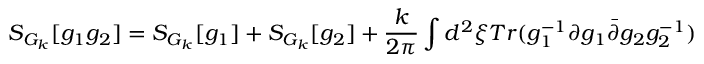
S _ { G _ { k } } [ g _ { 1 } g _ { 2 } ] = S _ { G _ { k } } [ g _ { 1 } ] + S _ { G _ { k } } [ g _ { 2 } ] + \frac { k } { 2 \pi } \int d ^ { 2 } \xi T r ( g _ { 1 } ^ { - 1 } \partial g _ { 1 } \bar { \partial } g _ { 2 } g _ { 2 } ^ { - 1 } )